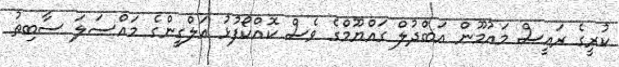
ކުރީގެ ރައީސް މައުމޫން އަބްދުލް ގައްޔޫމްގެ ވެސް ކޮއްކޯފުޅު އަލްގީންގެ މައްސަލަ ސާބިތު